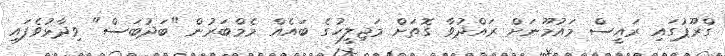
ގްރޫޕުގައި ރައީސް މައުމޫނަށް ރައްދުވާ ގޮތަށް މަޖިލީހުގެ ބައެއް މެމްބަރުން "ބަދުބަސް" ވިދާޅުވެފައި